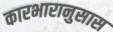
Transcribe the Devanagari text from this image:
कारभारानुसास